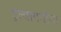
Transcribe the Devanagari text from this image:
टुल्यागनोवा